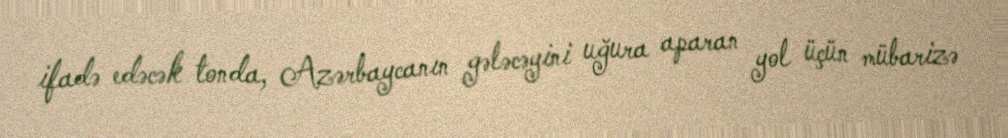
ifadə edəcək tonda, Azərbaycanın gələcəyini uğura aparan yol üçün mübarizə